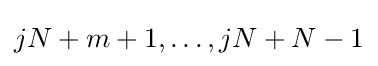
jN+m+1,\ldots ,jN+N-1